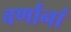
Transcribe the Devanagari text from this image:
वर्णानां